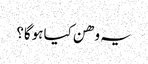
یہ وھن کیا ہوگا؟